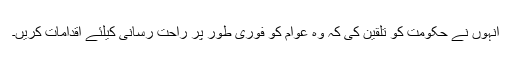
انہوں نے حکومت کو تلقین کی کہ وہ عوام کو فوری طور پر راحت رسانی کیلئے اقدامات کریں۔